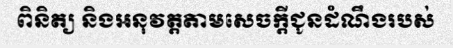
ពិនិត្យ និងអនុវត្តតាមសេចក្តីជូនដំណឹងរបស់